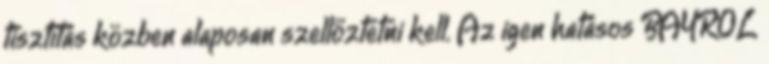
tisztítás közben alaposan szellőztetni kell. Az igen hatásos BAYROL